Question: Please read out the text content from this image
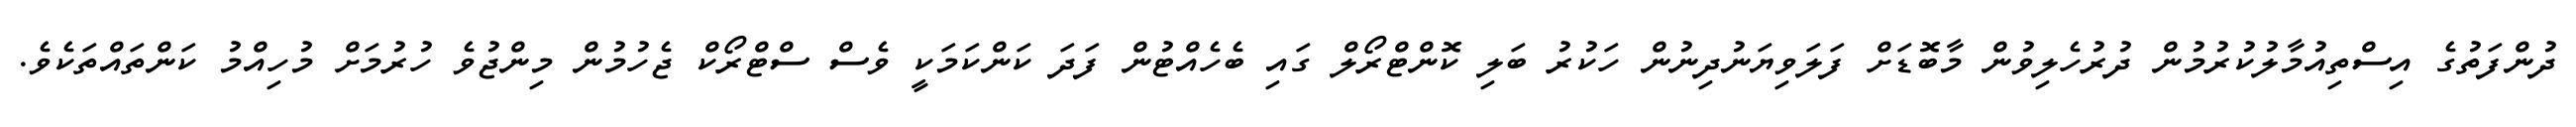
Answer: ދުންފަތުގެ އިސްތިއުމާލުކުރުމުން ދުރުހެލިވުން މާބޮޑަށް ފަލަވިޔަނުދިނުން ހަކުރު ބަލި ކޮންޓްރޯލް ގައި ބެހެއްޓުން ފަދަ ކަންކަމަކީ ވެސް ސްޓްރޯކް ޖެހުމުން މިންޖުވެ ހުރުމަށް މުހިއްމު ކަންތައްތަކެވެ.